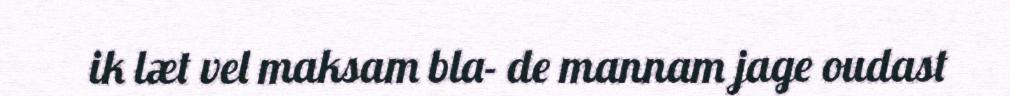
ik læt vel maksam bla- de mannam jage oudast